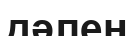
дәлен